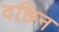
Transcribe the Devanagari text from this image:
दछिन